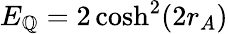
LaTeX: E_{\mathbb{Q}}=2\cosh^{2}(2r_{A})